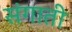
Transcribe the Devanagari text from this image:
संगाती